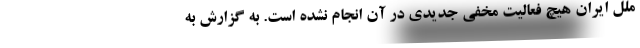
ملل ایران هیچ فعالیت مخفی جدیدی در آن انجام نشده است. به گزارش به